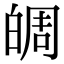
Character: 皗